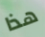
هذا